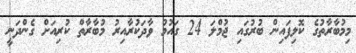
މިމުބާރާތުގެ ކޮލިފައިން ބުރުގައި ޖުމްލަ 24 ގައުމު ވާދަކުރާއިރު މުބާރާތް ކުރިއަށް ގެންދަނީ